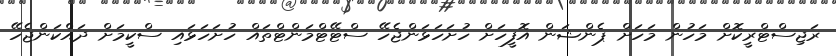
ރަޖިސްޓްރީކޮށް މަހުން މަހަށް ޕެންޝަން އޮފީހަށް ހުށަހަޅަންޖެހޭ ސްޓޭޓްމަންޓްތައް ހުށަހަޅައި ސްކީމަށް ދައްކަންޖެހޭ